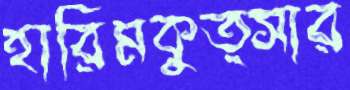
হারিমকুত্সার